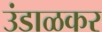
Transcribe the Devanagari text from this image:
उंडाळकर